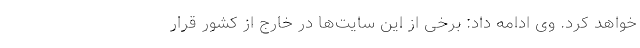
خواهد کرد. وی ادامه داد: برخی از این سایت‌ها در خارج از کشور قرار